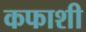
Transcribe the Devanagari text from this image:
कफाशी